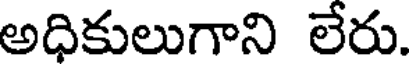
అధికులుగాని లేరు.